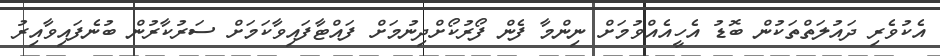
އެކުވެރި ދައުލަތްތަކުން ބޮޑު އެހީއެއްވުމަށް ނިންމާ ފެން ފޯރުކޯށްދިނުމަށް ފައްޓާފައިވާކަމަށް ސަރުކާރުން ބުނެފައިވާއިރު